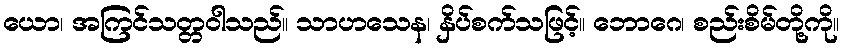
ယော၊ အကြင်သတ္တဝါသည်။ သာဟသေန၊ နှိပ်စက်သဖြင့်။ ဘောဂေ၊ စည်းစိမ်တို့ကို။